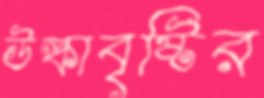
উল্কাবৃষ্টির